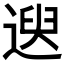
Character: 𫐯